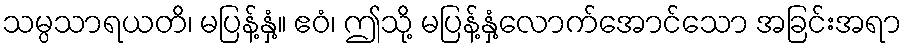
သမ္ပသာရယတိ၊ မပြန့်နှံ့။ ဧဝံ၊ ဤသို့ မပြန့်နှံ့လောက်အောင်သော အခြင်းအရာ